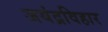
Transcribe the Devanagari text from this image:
जयंद्रविहार